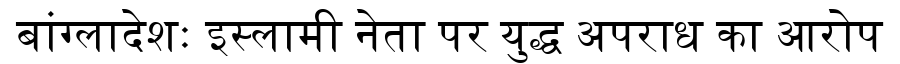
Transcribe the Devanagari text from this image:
बांग्लादेशः इस्लामी नेता पर युद्ध अपराध का आरोप